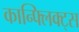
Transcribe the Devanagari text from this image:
कान्फ्लिक्ट्स